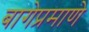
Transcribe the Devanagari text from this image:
बागेप्रमाणे